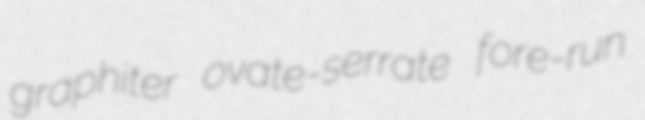
graphiter ovate-serrate fore-run